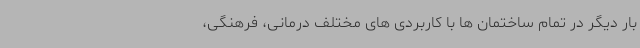
بار دیگر در تمام ساختمان ها با کاربردی های مختلف درمانی، فرهنگی،